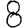
Digit: 8